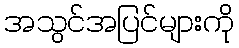
အသွင်အပြင်များကို